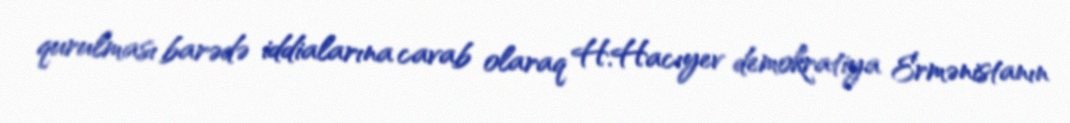
qurulması barədə iddialarına cavab olaraq H.Hacıyev demokratiya Ermənistanın